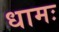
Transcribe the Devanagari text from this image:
धामः